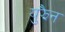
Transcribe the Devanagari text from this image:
युझैन